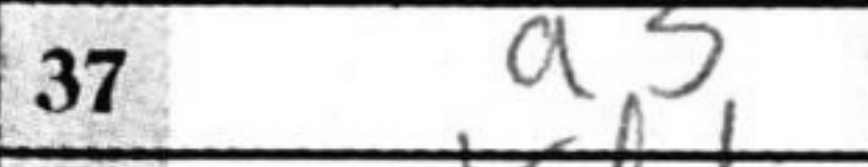
Transcription: a3